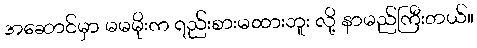
အဆောင်မှာ မမမိုးက ရည်းစားမထားဘူး လို့ နာမည်ကြီးတယ်။